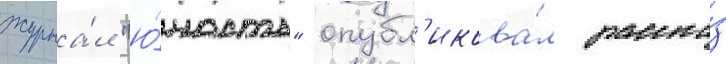
журна́л "ю́ность" опубл'икова́л расска́з